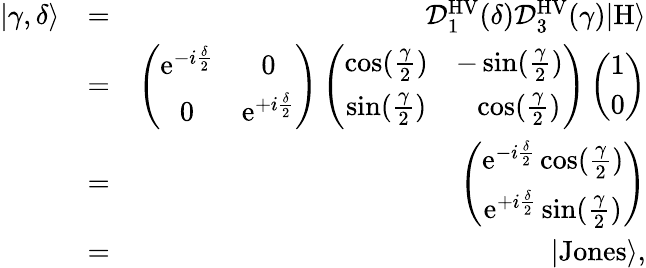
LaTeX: \begin{array}{rlr}{|\gamma,\delta\rangle}&{=}&{\mathcal{D}_{1}^{\mathrm{HV}}(\delta)\mathcal{D}_{3}^{\mathrm{HV}}(\gamma)|\mathrm{H}\rangle}\\ &{=}&{\left(\begin{array}{cc}{\mathrm{e}^{-i\frac{\delta}{2}}}&{0}\\ {0}&{\mathrm{e}^{+i\frac{\delta}{2}}}\end{array}\right)\left(\begin{array}{cc}{\cos(\frac{\gamma}{2})}&{-\sin(\frac{\gamma}{2})}\\ {\sin(\frac{\gamma}{2})}&{\ \ \cos(\frac{\gamma}{2})}\end{array}\right)\left(\begin{array}{c}{1}\\ {0}\end{array}\right)}\\ &{=}&{\left(\begin{array}{c}{\mathrm{e}^{-i\frac{\delta}{2}}\cos(\frac{\gamma}{2})}\\ {\mathrm{e}^{+i\frac{\delta}{2}}\sin(\frac{\gamma}{2})}\end{array}\right)}\\ &{=}&{|\mathrm{Jones}\rangle,}\end{array}